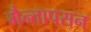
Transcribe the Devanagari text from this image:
मैन्तापसन